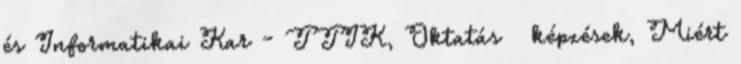
és Informatikai Kar - TTIK, Oktatás képzések, Miért